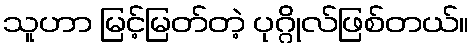
သူဟာ မြင့်မြတ်တဲ့ ပုဂ္ဂိုလ်ဖြစ်တယ်။